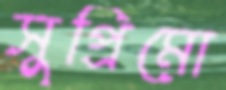
সুপ্রিমো